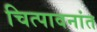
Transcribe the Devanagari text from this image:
चित्पावनांत